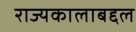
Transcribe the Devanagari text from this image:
राज्यकालाबद्दल